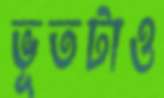
ভূতটাও